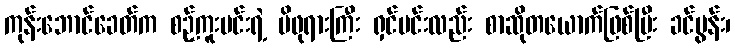
ကုန်းဘောင်ခေတ်က စဉ့်ကူးမင်းရဲ့ မိဖုရားကြီး ရှင်မင်းလည်း စာဆိုတယောက်ဖြစ်ပြီး ခင်ပွန်း၊